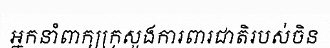
អ្នកនាំពាក្យក្រសួងការពារជាតិរបស់ចិន